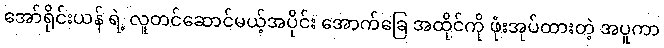
အော်ရိုင်းယန် ရဲ့ လူတင်ဆောင်မယ့်အပိုင်း အောက်ခြေ အထိုင်ကို ဖုံးအုပ်ထားတဲ့ အပူကာ